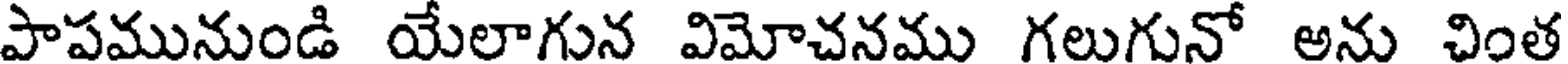
పాపమునుండి యేలాగున విమోచనము గలుగునో అను చింత